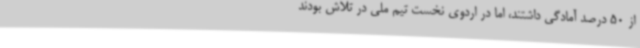
از 50 درصد آمادگی داشتند، اما در اردوی نخست تیم ملی در تلاش بودند